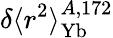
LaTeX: \delta\langle r^{2}\rangle_{\mathrm{Yb}}^{A,172}